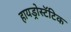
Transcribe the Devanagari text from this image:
हायड्रोस्टॅटिक